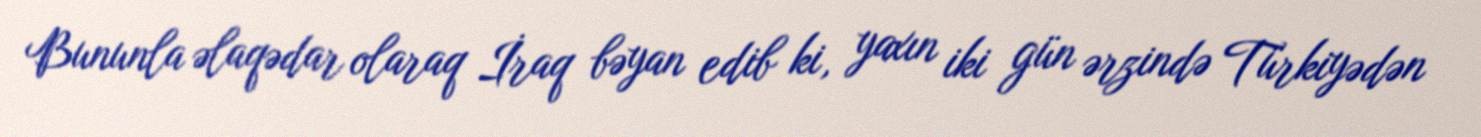
Bununla əlaqədar olaraq İraq bəyan edib ki, yaxın iki gün ərzində Türkiyədən